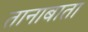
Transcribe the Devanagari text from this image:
तानाबाता